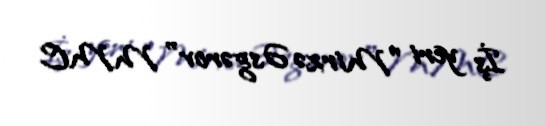
İş yeri "Mirzə Əsgərov" MMC